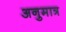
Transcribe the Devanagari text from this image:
अनुमात्र